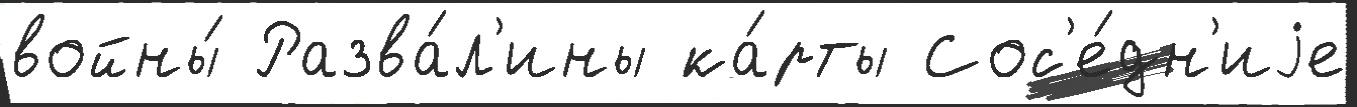
войны́ Разва́л'ины ка́рты Сос'е́дн'иjе